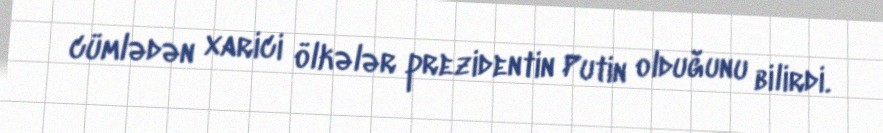
cümlədən xarici ölkələr prezidentin Putin olduğunu bilirdi.